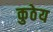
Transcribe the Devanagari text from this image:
कुठेय